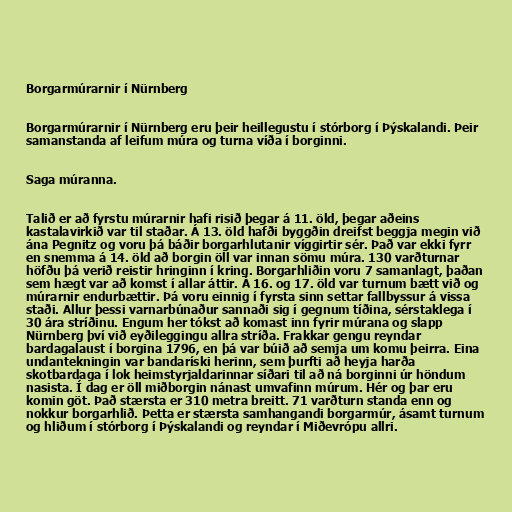
Borgarmúrarnir í Nürnberg

Borgarmúrarnir í Nürnberg eru þeir heillegustu í stórborg í Þýskalandi. Þeir
samanstanda af leifum múra og turna víða í borginni.

Saga múranna.

Talið er að fyrstu múrarnir hafi risið þegar á 11. öld, þegar aðeins
kastalavirkið var til staðar. Á 13. öld hafði byggðin dreifst beggja megin við
ána Pegnitz og voru þá báðir borgarhlutanir víggirtir sér. Það var ekki fyrr
en snemma á 14. öld að borgin öll var innan sömu múra. 130 varðturnar
höfðu þá verið reistir hringinn í kring. Borgarhliðin voru 7 samanlagt, þaðan
sem hægt var að komst í allar áttir. Á 16. og 17. öld var turnum bætt við og
múrarnir endurbættir. Þá voru einnig í fyrsta sinn settar fallbyssur á vissa
staði. Allur þessi varnarbúnaður sannaði sig í gegnum tíðina, sérstaklega í
30 ára stríðinu. Engum her tókst að komast inn fyrir múrana og slapp
Nürnberg því við eyðileggingu allra stríða. Frakkar gengu reyndar
bardagalaust í borgina 1796, en þá var búið að semja um komu þeirra. Eina
undantekningin var bandaríski herinn, sem þurfti að heyja harða
skotbardaga í lok heimstyrjaldarinnar síðari til að ná borginni úr höndum
nasista. Í dag er öll miðborgin nánast umvafinn múrum. Hér og þar eru
komin göt. Það stærsta er 310 metra breitt. 71 varðturn standa enn og
nokkur borgarhlið. Þetta er stærsta samhangandi borgarmúr, ásamt turnum
og hliðum í stórborg í Þýskalandi og reyndar í Miðevrópu allri.